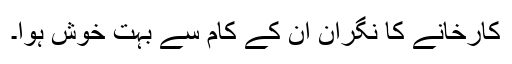
کارخانے کا نگران ان کے کام سے بہت خوش ہوا۔